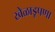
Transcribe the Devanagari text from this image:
खेळाडूपणा